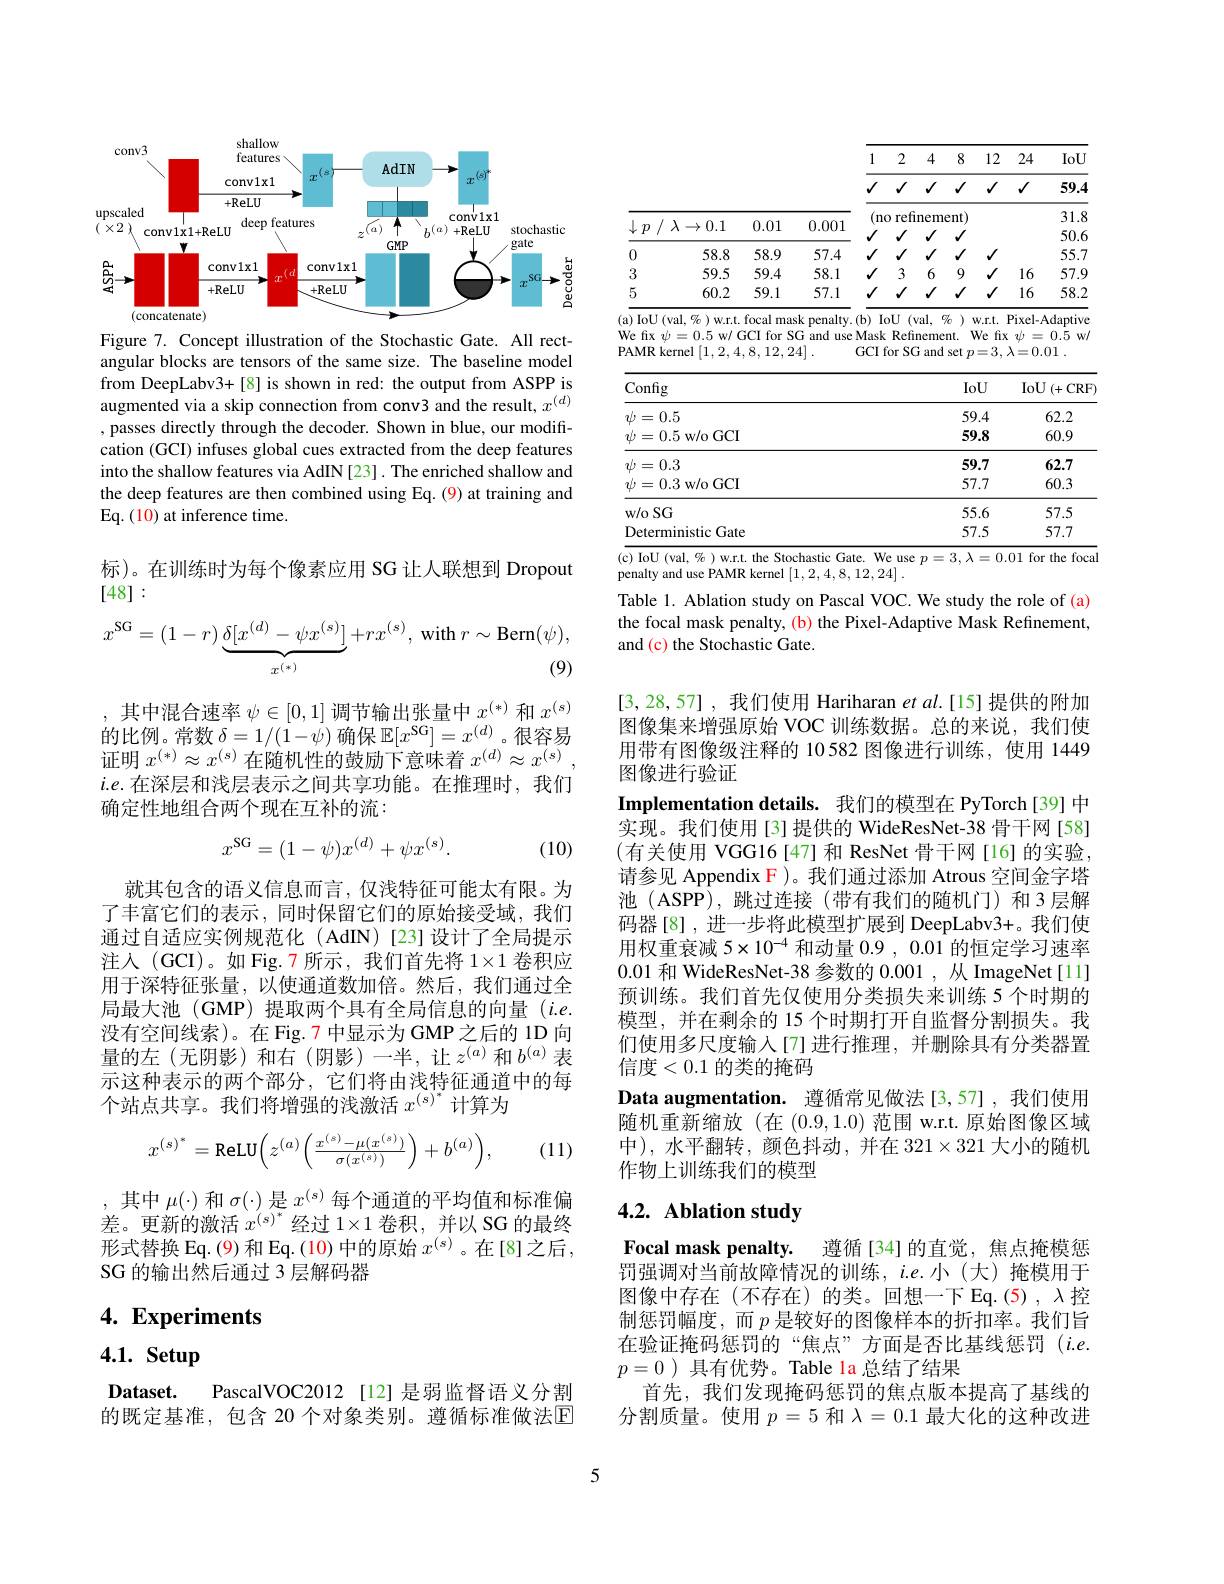
<FigureHere>

Figure 7. Concept illustration of the Stochastic Gate. All rectangular blocks are tensors of the same size. The baseline model from DeepLabv3+[8] is shown in red: the output from ASPP is augmented via a skip connection from conv3 and the result, $x^{(d)}$ , passes directly through the decoder. Shown in blue, our modification (GCI) infuses global cues extracted from the deep features into the shallow features via AdIN [23]. The enriched shallow and the deep features are then combined using Eq. (9) at training and Eq. (10) at inference time.

标)。在训练时为每个像素应用 SG 让人联想到 Dropout
[48]:
$$x^{\mathrm{SG}}=(1-r)\underbrace{\delta[x^{(d)}-\psi x^{(s)}]}_{x^{(*)}}+rx^{(s)},\:\mathrm{with}\:r\sim\mathrm{Bern}(\psi),\\\text{(9)}$$
,其中混合速率$\psi\in[0,1]$调节输出张量中$x^(*)$和$x^{(s)}$ $\begin{array}{l}\text{的比例。常数 }\delta=1/(1-\dot{\psi})\text{ 确保 }\mathbb{E}[x^{\mathrm{SG}}]=x^{(d)}\text{。很容易}\\\text{证明 }x^{(*)}\approx x^{(s)}\text{ 在随机性的鼓励下意味着 }x^{(d)}\approx x^{(s)}\end{array}$ $i.e.$在深层和浅层表示之间共享功能。在推理时，我们确定性地组合两个现在互补的流：
$$x^{\mathrm{SG}}=(1-\psi)x^{(d)}+\psi x^{(s)}.$$
(10)

就其包含的语义信息而言，仅浅特征可能太有限。为了丰富它们的表示，同时保留它们的原始接受域，我们通过自适应实例规范化(AdIN)[23]设计了全局提示注入(GCI)。如 Fig.7 所示，我们首先将$1\times1$卷积应用于深特征张量，以使通道数加倍。然后，我们通过全局最大池 (GMP) 提取两个具有全局信息的向量 (i.e. 没有空间线索)。在 Fig. 7 中显示为 GMP 之后的 1D 向量的左(无阴影)和右(阴影)一半，让$z^(a)$和$b^(a)$表示这种表示的两个部分，它们将由浅特征通道中的每个站点共享。我们将增强的浅激活$x^{(s)^*}$计算为
$$x^{(s)^*}=\text{ReLU}\bigg(z^{(a)}\bigg(\frac{x^{(s)}-\mu(x^{(s)})}{\sigma(x^{(s)})}\bigg)+b^{(a)}\bigg),$$
(11)

,其中$\mu(\cdot)$和$\sigma(\cdot)$是$x^{(s)}$每个通道的平均值和标准偏差。更新的激活$x^(s)^*$经过 1×1 卷积，并以 SG 的最终形式替换 Eq. (9) 和 Eq. (10) 中的原始$x^{(\mathrm{s})}$。在[8]之后， SG 的输出然后通过 3 层解码器

# 4. Experiments

4.1. Setup

Dataset. PascalVOC2012[12] 是弱监督语义分割的既定基准，包含 20 个对象类别。遵循标准做法$\overline{\mathrm{E}}$

(a) IoU (val, % ) w.r.t. focal mask penalty.(b) IoU (val, $\%$ ) w.r.t. Pixel-Adaptive

We fix $\psi=0.5$ w/ GCI for SG and use Mask Refinement. We fix $\psi=0.5$ w/
GCI for SG and set $p= 3, \lambda = 0. 01$ .
PAMR kernel [1,2,4,8,12,24].

<table>
	<tbody>
		<tr>
			<th>Config</th>
			<th>IoU</th>
			<th>IoU$\left ( + \mathrm{CRF}\right )$</th>
		</tr>
		<tr>
			<td>$\psi=0.5$</td>
			<td>59.4</td>
			<td>62.2</td>
		</tr>
		<tr>
			<td>$\psi=0.5$ w/o GCI</td>
			<td>59.8</td>
			<td>60.9</td>
		</tr>
		<tr>
			<td>$\psi=0.3$</td>
			<td>59.7</td>
			<td>62.7</td>
		</tr>
		<tr>
			<td>$\psi=0.3$ w/o GCI</td>
			<td>57.7</td>
			<td>60.3</td>
		</tr>
		<tr>
			<td>$w/ 0$ $SG$</td>
			<td>55.6</td>
			<td>57.5</td>
		</tr>
		<tr>
			<td>Deterministic Gate</td>
			<td>57.5</td>
			<td>57.7</td>
		</tr>
	</tbody>
</table>
( $\overline \mathrm{c) ~IoU~( val, ~}\% ) w. r. t. the Stochastic Gate. We use p= 3, \lambda = 0. 01 $for the focal nenalty and use PAMR kernel[12481224]

penalty and use PAMR kernel [1,2,4,8,12,24].

Table 1. Ablation study on Pascal VOC. We study the role of (a) the focal mask penalty, (b) the Pixel-Adaptive Mask Refinement, and (c) the Stochastic Gate.

[3,28,57] ,我们使用 Hariharan et al.[15] 提供的附加图像集来增强原始 VOC 训练数据。总的来说，我们使用带有图像级注释的 10582 图像进行训练，使用 1449图像进行验证
Implementation details. 我们的模型在 PyTorch[39] 中实现。我们使用[3]提供的 WideResNet-38 骨干网[58] (有关使用 VGG16[47]和 ResNet 骨干网[16]的实验， 请参见 Appendix F )。我们通过添加 Atrous 空间金字塔池 (ASPP),跳过连接 (带有我们的随机门)和3层解码器[8],进一步将此模型扩展到 DeepLabv3+。我们使用权重衰减 5$\times10^-4$和动量0.9,0.01的恒定学习速率0.01 和 WideResNet-38 参数的0.001 ,从 ImageNet[11] 预训练。我们首先仅使用分类损失来训练 5 个时期的模型，并在剩余的 15 个时期打开自监督分割损失。我们使用多尺度输入[7]进行推理，并删除具有分类器置信度<0.1 的类的掩码
Data augmentation. 遵循常见做法[3,57] ,我们使用随机重新缩放(在(0.9,1.0)范围 w.r.t.原始图像区域中),水平翻转，颜色抖动，并在$321\times321$大小的随机作物上训练我们的模型

# 4.2. Ablation study

Focal mask penalty. 遵循[34]的直觉，焦点掩模惩罚强调对当前故障情况的训练，i.e.小(大)掩模用于图像中存在(不存在)的类。回想一下Eq.(5),$\lambda 控$ 制惩罚幅度，而$p$ 是较好的图像样本的折扣率。我们旨在验证掩码惩罚的“焦点”方面是否比基线惩罚(i.e. $p=0$ )具有优势。Table la 总结了结果
首先，我们发现掩码惩罚的焦点版本提高了基线的分割质量。使用$p=5$和$\lambda=0.1$最大化的这种改进

5